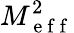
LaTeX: M_{\mathrm{~e~f~f~}}^{2}